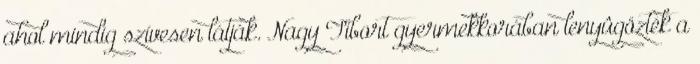
ahol mindig szívesen látják. Nagy Tibort gyermekkorában lenyûgözték a